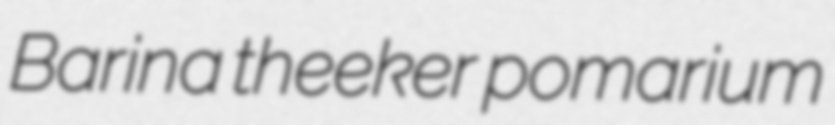
Barina theeker pomarium